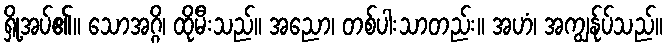
ရှို့အပ်၏။ သောအဂ္ဂိ၊ ထိုမီးသည်။ အညော၊ တစ်ပါးသာတည်း။ အဟံ၊ အကျွန်ုပ်သည်။